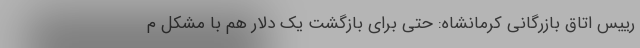
رییس اتاق بازرگانی کرمانشاه: حتی برای بازگشت یک دلار هم با مشکل م